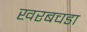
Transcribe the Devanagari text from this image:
खरबचडा